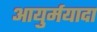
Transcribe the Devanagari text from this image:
आयुर्मयादा